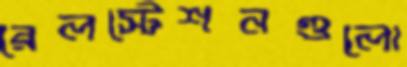
রেলস্টেশনগুলো